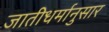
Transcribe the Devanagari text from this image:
जातीधर्मानुसार